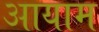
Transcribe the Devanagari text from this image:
अायाम